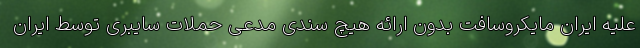
علیه ایران مایکروسافت بدون ارائه هیچ سندی مدعی حملات سایبری توسط ایران